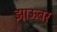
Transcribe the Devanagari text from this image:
झाऊबर